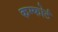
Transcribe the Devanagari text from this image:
कम्फोर्ट